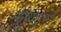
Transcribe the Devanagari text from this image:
ड्रायड्स